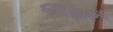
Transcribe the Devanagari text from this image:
जिह्वाएँ